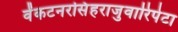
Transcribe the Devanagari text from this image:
वेंकटनरसिंहराजुवारिपेटा